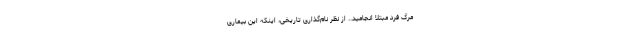
مرگ فرد مبتلا انجامید.. از نظر نام‌گذاری تاریخی، اینکه این بیماری